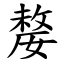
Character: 嫠